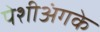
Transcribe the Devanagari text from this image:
पेशीअंगके